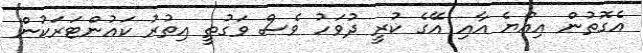
އެގޮތުން އިއްޔެ އާއި އޭގެ ކުރީ ދުވަހު ވެސް ވަގުތީ އިތުރު ކައުންޓަރަކުން